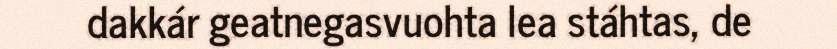
dakkár geatnegasvuohta lea stáhtas, de